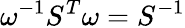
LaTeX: \omega^{-1}S^{T}\omega=S^{-1}